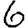
Digit: 6